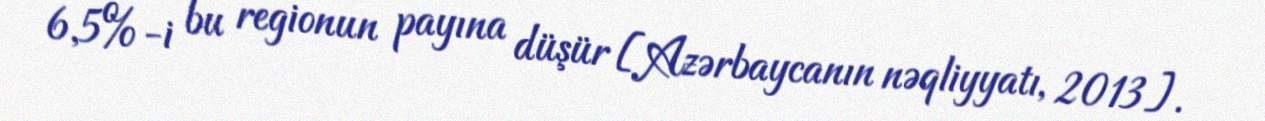
6,5%-i bu regionun payına düşür [Azərbaycanın nəqliyyatı, 2013].